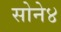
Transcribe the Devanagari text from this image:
सोने४